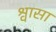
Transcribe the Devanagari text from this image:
श्वासा